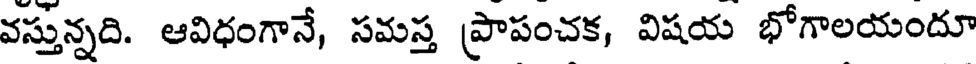
వస్తున్నది. ఆవిధంగానే, సమస్త ప్రాపంచక, విషయ భోగాలయందూ